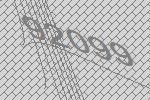
92099